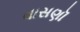
વાસણૉ